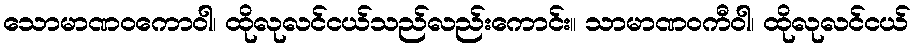
သောမာဏဝကောဝါ၊ ထိုလုလင်ငယ်သည်လည်းကောင်း။ သာမာဏဝကီဝါ၊ ထိုလုလင်ငယ်